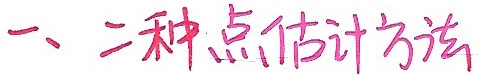
一、二种点估计方法